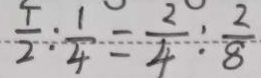
\frac { 1 } { 2 } : \frac { 1 } { 4 } = \frac { 2 } { 4 } : \frac { 2 } { 8 }